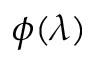
\phi ( \lambda )